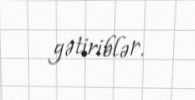
gətiriblər.